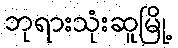
ဘုရားသုံးဆူမြို့